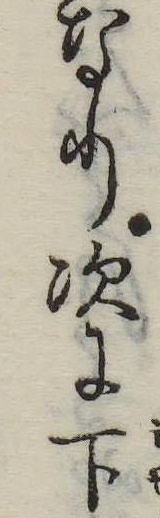
なり次に下